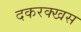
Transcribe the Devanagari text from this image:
दकरक्खस